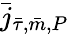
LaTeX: \bar{j}_{\bar{\tau},\bar{m},P}